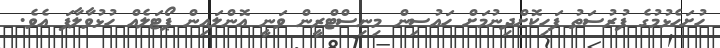
ހުށަހެޅުމުގެ ފުރުސަތު ފަހިކޮށްދިނުމަށް ހައުސިން މިނިސްޓްރީން ވަނީ އޮންލައިން ޕޯޓަލެއް ހުޅުވާލާފަ އެވެ.